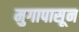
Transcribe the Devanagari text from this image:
मुगापासून